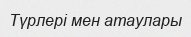
Түрлері мен атаулары